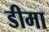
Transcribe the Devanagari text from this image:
डीमा